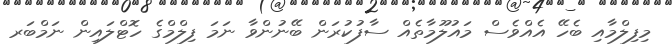
މިފިލްމާއި ބެހޭ އެއްވެސް މައުލޫމާތެއް ސާފުކުރަން ބޭނުންވާ ނަމަ ފިލްމްގެ ހޮޓްލައިން ނަމްބަރ